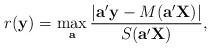
LaTeX: \begin{align*}r({\mathbf{y}})=\max_{\mathbf{a}}\frac{{|{\mathbf{a}^{\prime}}}\mathbf{y}-M({\mathbf{a}^{\prime}\mathbf{X}})|}{S{({\mathbf{a}^{\prime}\mathbf{X}})}},\end{align*}